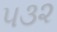
૫૩૨